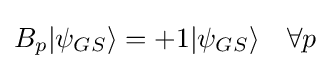
B_{p}|\psi _{GS}\rangle =+1|\psi _{GS}\rangle \quad \forall p